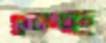
ঘুলচ্ছ